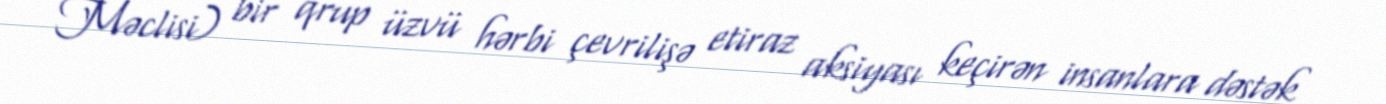
Məclisi) bir qrup üzvü hərbi çevrilişə etiraz aksiyası keçirən insanlara dəstək